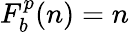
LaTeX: F_{b}^{p}(n)=n